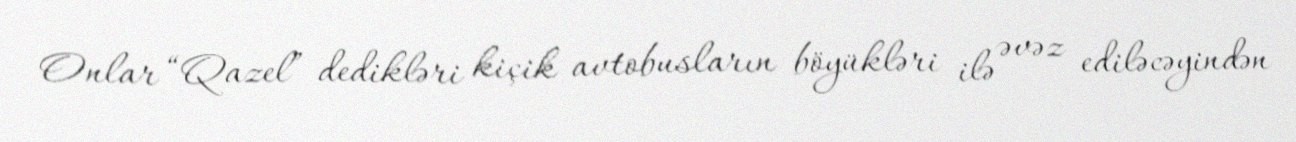
Onlar “Qazel” dedikləri kiçik avtobusların böyükləri ilə əvəz ediləcəyindən